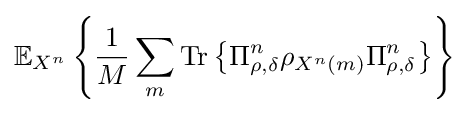
\mathbb {E} _{X^{n}}\left\{{\frac {1}{M}}\sum _{m}{\text{Tr}}\left\{\Pi _{\rho ,\delta }^{n}\rho _{X^{n}\left(m\right)}\Pi _{\rho ,\delta }^{n}\right\}\right\}